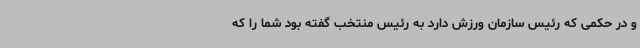
و در حکمی که رئیس سازمان ورزش دارد به رئیس منتخب گفته بود شما را که